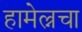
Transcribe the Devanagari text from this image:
हामेल्नचा